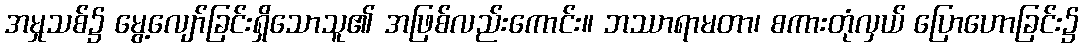
အမှုသစ်၌ မွေ့လျော်ခြင်းရှိသောသူ၏ အဖြစ်လည်းကောင်း။ ဘဿာရာမတာ၊ စကားတုံလှယ် ပြောဟောခြင်း၌